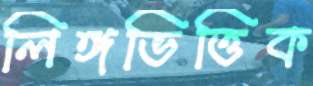
লিঙ্গভিত্তিক